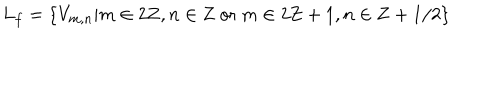
L _ { f } = \left\{ V _ { m , n } | m \in 2 { \bf Z } , n \in { \bf Z } \mathrm { ~ o r ~ } m \in 2 { \bf Z } + 1 , n \in { \bf Z } + 1 / 2 \right\}